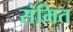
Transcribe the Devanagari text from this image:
संमित